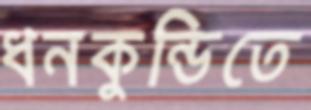
ধনকুন্ডিতে